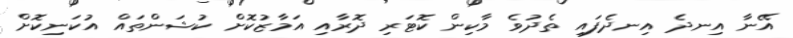
އޭނާ އިނދެ އިނދެފައި ތެދުވެ މާކިން ކޮޓަރި ދޮރާއި އަމާޒުކޮށް ކުޝަންތައް އުކަނިކޮށް